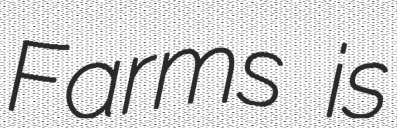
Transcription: Farms is